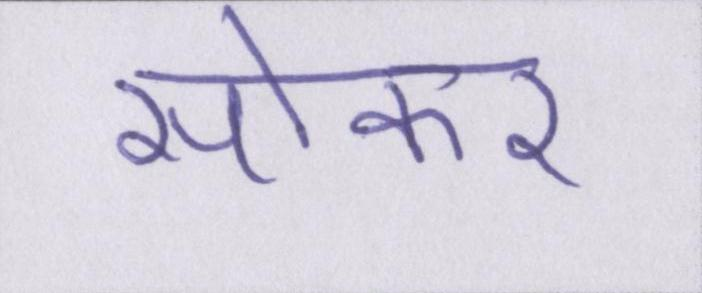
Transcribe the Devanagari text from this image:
सोकर